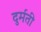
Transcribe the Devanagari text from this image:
दुर्मती